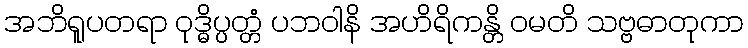
အဘိရူပတရာ ဝုဒ္ဓိပ္ပတ္တံ ပဘဝါနိ အဟိရိကန္တိ ဝမတိ သဗ္ဗဓာတုကာ